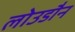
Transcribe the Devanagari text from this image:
लोउडौन